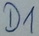
Text: D1